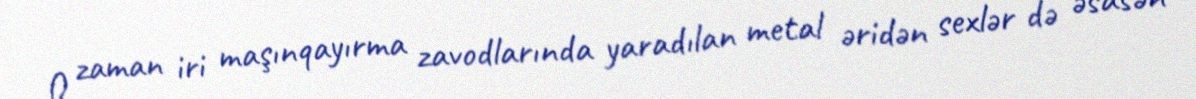
O zaman iri maşınqayırma zavodlarında yaradılan metal əridən sexlər də əsasən